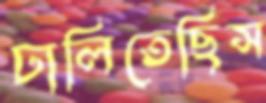
ঢালিতেছিস